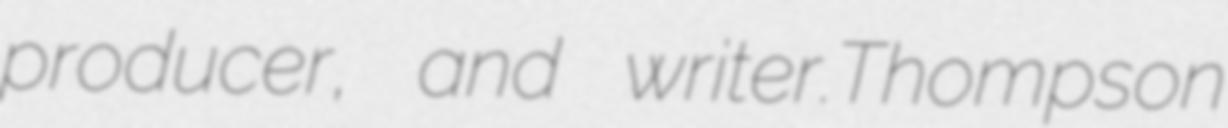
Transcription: producer, and writer.Thompson